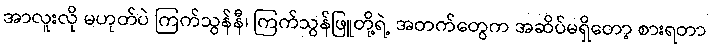
အာလူးလို မဟုတ်ပဲ ကြက်သွန်နီ၊ ကြက်သွန်ဖြူတို့ရဲ့ အတက်တွေက အဆိပ်မရှိတော့ စားရတာ